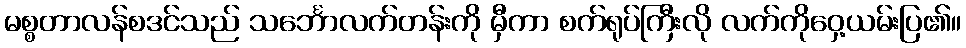
မစ္စတာလန်စဒင်သည် သင်္ဘောလက်တန်းကို မှီကာ စက်ရုပ်ကြီးလို လက်ကိုဝှေ့ယမ်းပြ၏။